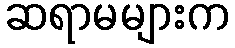
ဆရာမများက